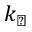
k _ { \perp }